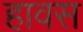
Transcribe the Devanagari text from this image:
हावस